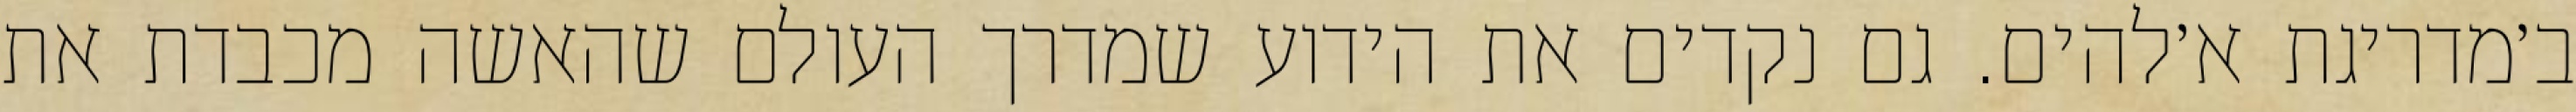
ב׳מדריגת א׳להים. גם נקדים את הידוע שמדרך העולם שהאשה מכבדת את